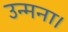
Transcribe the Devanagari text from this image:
उन्मना।